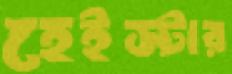
হেইস্টার